Insane asylums in Bengal annual reports 1867-1875 - 1867-1875
Year: 1867
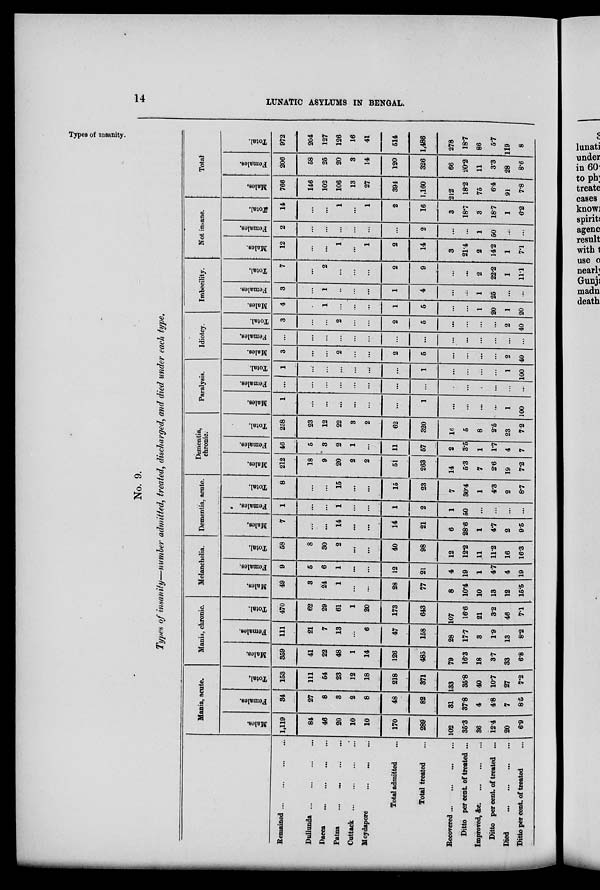
14
LUNATIC ASYLUMS IN BENGAL.
No. 9.
Types of insanity—number admitted, treated, discharged, and died under each type.
Types of insanity.
Remained ... ... ... ... ...
Dullunda
...
...
...
...
Dacca
...
...
...
...
Patna ... ... ... ... ...
Cottack ... ... ... ... ...
Moydapore
...
...
...
...
Total admitted ...
Total treated ...
Recovered ... ... ... ...
Ditto per cent. of treated ...
Improved, &c. ... ...
...
Ditto per cent. of treated ...
Died
...
...
...
...
Ditto per cent. of treated ...
Mania, acute.
Males.
1,119
84
46
20
10
10
170
289
102
35.3
36
12.4
20
6.9
Females.
34
27
8
3
2
8
48
82
31
37.8
4
4.8
7
8.5
Total.
153
111
54
23
12
18
218
371
133
35.8
40
10.7
27
7.2
Mania, chronic.
Males.
369
41
22
48
1
14
126
485
79
16.3
18
3.7
33
6.8
Females.
111
21
7
13
...
6
47
158
28
17.7
3
1.9
13
8.2
Total.
470
62
29
61
1
20
173
643
107
16.6
21
3.2
46
7.1
Melancholia.
Males.
49
3
24
1
...
...
28
77
8
10.4
10
13
12
15.5
Females.
9
5
6
1
...
...
12
21
4
19
1
4.7
4
19
Total.
58
8
30
2
...
...
40
98
12
12.2
11
11.2
16
16.3
Dementia, acute.
Males.
7
...
...
14
...
...
14
21
6
28.6
1
4.7
2
9.5
Females.
1
...
...
1
...
...
1
2
1
50
...
...
...
...
Total.
8
...
...
15
...
...
15
23
7
30.4
1
4.3
2
8.7
Dementia,
chronic.
Males.
212
18
9
20
2
2
51
263
14
5.3
7
2.6
19
7.2
Females.
46
5
3
2
1
...
11
57
2
3.5
1
1.7
4
7
Total.
258
23
12
22
3
2
62
320
16
5
8
2.5
23
72
Paralysis.
Males.
1
...
...
...
...
...
...
1
...
...
...
...
1
100
Females.
...
...
...
...
...
...
...
...
...
...
...
...
...
...
Total.
1
...
...
...
...
...
...
1
...
...
...
...
1
100
Idiotcy.
Males.
3
...
...
2
...
...
2
5
...
...
...
...
2
40
Females.
...
...
...
...
...
...
...
...
...
...
...
...
...
...
Total.
3
...
...
2
...
...
2
5
...
...
...
...
2
40
Imbecility.
Males.
4
...
1
...
...
...
1
5
...
...
1
20
1
20
Females.
3
...
1
...
...
...
1
4
...
...
1
25
...
...
Total.
7
...
2
...
...
2
9
...
...
2
22.2
1
11.1
Not insane.
Males.
12
...
...
1
...
1
2
14
3
21.4
2
14.2
1
7.1
Females.
2
...
...
...
...
...
...
2
...
...
1
50
...
...
Total.
14
...
...
1
...
1
2
16
3
18.7
3
18.7
1
6.2
Total.
Males.
766
146
102
106
13
27
394
1,160
212
18.2
75
6.4
91
7.8
Females.
206
58
25
20
3
14
120
326
66
20.2
11
3.3
28
8.6
Total.
972
204
127
126
16
41
514
1,486
278
18.7
86
5.7
119
8